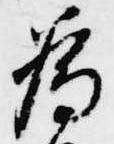
為